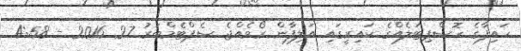
ހައިފާގެ ހޮސްޕިޓަލެއްގެ ކައިރީގައި އަލިފާން ރޯވެއްޖެ ސެޕްޓެމްބަރު 27